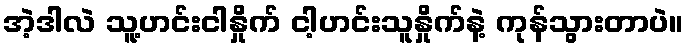
အဲ့ဒါလဲ သူ့ဟင်းငါနှိုက် ငါ့ဟင်းသူနှိုက်နဲ့ ကုန်သွားတာပဲ။